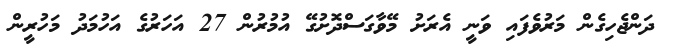
ދަންޖެހިގެން މަރުވެފައި ވަނީ އެރަށު މޭވާގަސްދޮށުގޭ އުމުރުން 27 އަހަރުގެ އަހުމަދު މަހުރީން